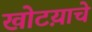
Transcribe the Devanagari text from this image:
खोटय़ाचे